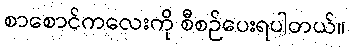
စာစောင်ကလေးကို စီစဉ်ပေးရပါတယ်။